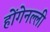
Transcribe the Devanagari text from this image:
होंगेनल्ली